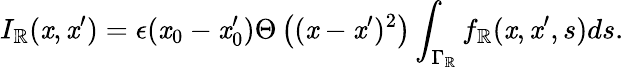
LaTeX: I_{\mathbb{R}}(\mathit{x},\mathit{x}^{\prime})=\epsilon(\mathit{x}_{0}-\mathit{x}_{0}^{\prime})\Theta\left((\mathit{x}-\mathit{x}^{\prime})^{2}\right)\int_{\Gamma_{\mathbb{R}}}f_{\mathbb{R}}(\mathit{x},\mathit{x}^{\prime},s)ds.